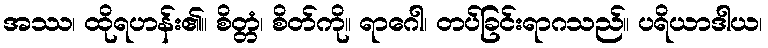
အဿ၊ ထိုရဟန်း၏။ စိတ္တံ၊ စိတ်ကို။ ရာဂေါ၊ တပ်ခြင်းရာဂသည်။ ပရိယာဒါယ၊